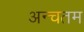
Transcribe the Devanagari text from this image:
अन्चतम